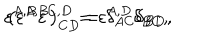
\varepsilon ^ { A , B } \varepsilon ^ { C , D } = \varepsilon ^ { A , D } \delta _ { B C } , \hspace { 0 . 5 i n } \left( \varepsilon ^ { A , B } \right) _ { C D } = \delta _ { A C } \delta _ { B D } ,